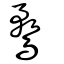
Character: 鶩